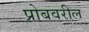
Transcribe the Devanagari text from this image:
प्रोबवरील